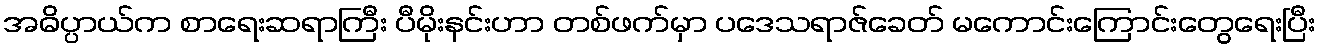
အဓိပ္ပာယ်က စာရေးဆရာကြီး ပီမိုးနင်းဟာ တစ်ဖက်မှာ ပဒေသရာဇ်ခေတ် မကောင်းကြောင်းတွေရေးပြီး